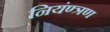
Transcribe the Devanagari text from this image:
नियंण्त्रण